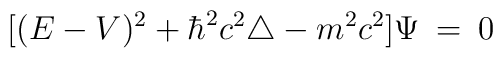
[(E - V)^2 + \hbar^2 c^2 \triangle - m^2 c^2] \Psi\: =\: 0